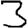
Digit: 3